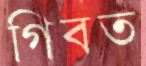
গিবত